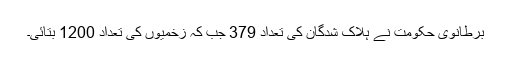
برطانوی حکومت نے ہلاک شدگان کی تعداد 379 جب کہ زخمیوں کی تعداد 1200 بتائی۔